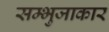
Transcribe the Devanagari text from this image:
सम्भुजाकार